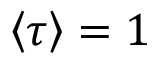
{ \left< \tau \right> } = 1